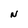
Character: N